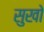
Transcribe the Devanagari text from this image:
सुखो